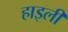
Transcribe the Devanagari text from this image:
हाइली